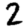
Digit: 2